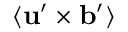
\langle { { \bf { u } } ^ { \prime } \times { \bf { b } } ^ { \prime } } \rangle